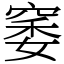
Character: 䆧